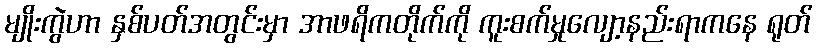
မျိုးကွဲဟာ နှစ်ပတ်အတွင်းမှာ အာဖရိကတိုက်ကို ကူးစက်မှုလျော့နည်းရာကနေ ရုတ်